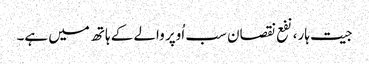
جیت ہار، نفع نقصان سب اُوپر والے کے ہاتھ میں ہے۔